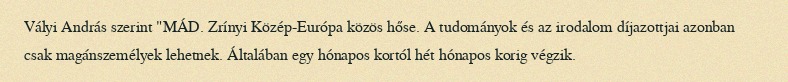
Vályi András szerint "MÁD. Zrínyi Közép-Európa közös hőse. A tudományok és az irodalom díjazottjai azonban csak magánszemélyek lehetnek. Általában egy hónapos kortól hét hónapos korig végzik.